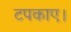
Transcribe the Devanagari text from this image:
टपकाए।